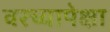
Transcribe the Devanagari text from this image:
वरच्यापेक्षा